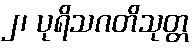
၂၊ ပုရိသဂတိသုတ္တ